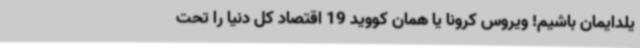
یلدایمان باشیم! ویروس کرونا یا همان کووید 19 اقتصاد کل دنیا را تحت